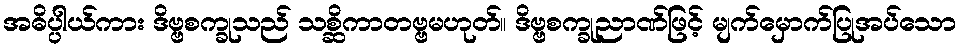
အဓိပ္ပါယ်ကား ဒိဗ္ဗစက္ခုသည် သစ္ဆိကာတဗ္ဗမဟုတ်။ ဒိဗ္ဗစက္ခုညာဏ်ဖြင့် မျက်မှောက်ပြုအပ်သော